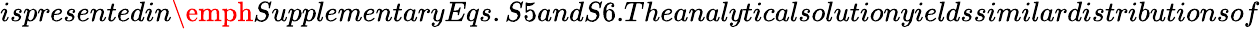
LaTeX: ispresentedin\emph{Supplementary}Eqs.S5andS6.Theanalyticalsolutionyieldssimilardistributionsof